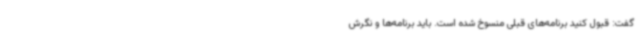
گفت: قبول کنید برنامه‌های قبلی منسوخ شده است. باید برنامه‌ها و نگرش